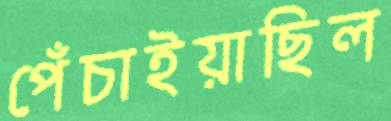
পেঁচাইয়াছিল